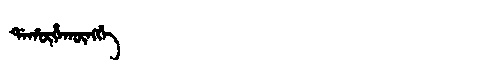
Manchu: ᡩᠠᡥᡡᡥᠠᡴᡡᠩᡤᡝ
Romanization: DAHŪHAKŪNGGE